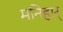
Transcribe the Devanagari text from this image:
मनिहार्